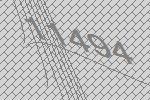
11494